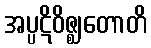
အပ္ပဋိဝိဇ္ဈတောတိ